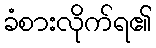
ခံစားလိုက်ရ၏